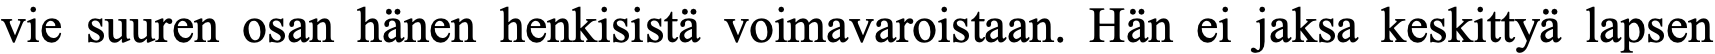
vie suuren osan hänen henkisistä voimavaroistaan. Hän ei jaksa keskittyä lapsen